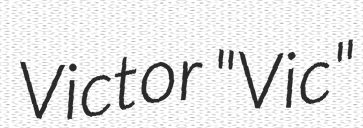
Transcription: Victor "Vic"